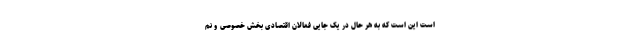
است این است که به هر حال در یک جایی فعالان اقتصادی بخش خصوصی و نم